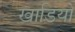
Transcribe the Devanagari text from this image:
खाडियो